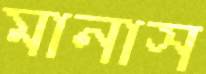
মানাস